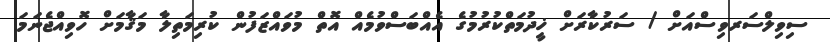
ސިވިލްސަރވިސްއަށް / ސަރުކާރަށް ޚީދުމަތްކުރުމުގެ އެއްބަސްވުމެއް އޮތް މުވައްޒަފުން ކުރިމަތިލާ މަޤާމަށް ހޮވިއްޖެނަމަ